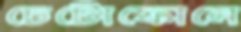
চেটোফোনে